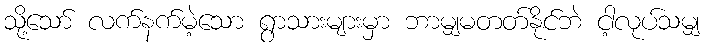
သို့သော် လက်နက်မဲ့သော ရွာသားများမှာ ဘာမျှမတတ်နိုင်ဘဲ ငါ့လုပ်သမျှ